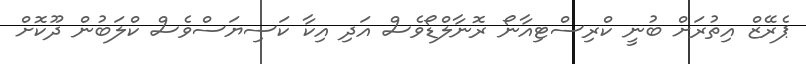
ޕެރޭޒް އިތުރަށް ބުނީ ކްރިސްޓިއާނޯ ރޮނާލްޑޯވެސް އަދި އިކާ ކަސިޔަސްވެސް ކްލަބުން ދޫކޮށް